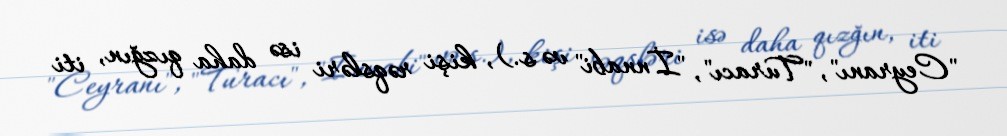
"Ceyranı", "Turacı", "İnnabi" və s.), kişi rəqsləri isə daha qızğın, iti